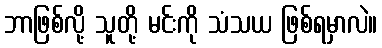
ဘာဖြစ်လို့ သူတို့ မင်းကို သံသယ ဖြစ်ရမှာလဲ။